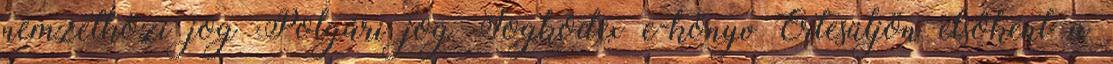
nemzetközi jog Polgári jog Jogkódex e-könyv Értesüljön elsőként a